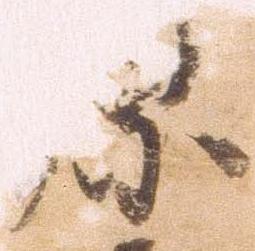
原